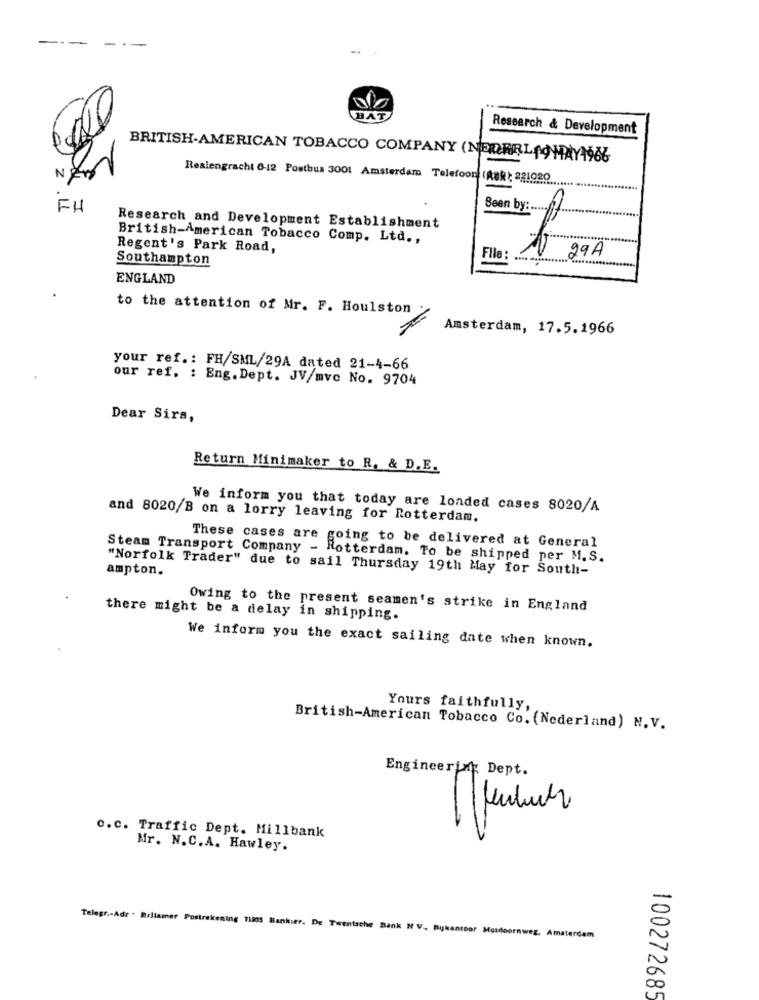
Research & Development
BRITISH-AMERICAN TOBACCO COMPANY (NEDERLAGHAYA986
Realengracht 0-12 Postbus 3001 Amsterdam Telefoon (ReR); 221980
FH
Seen by :...
Research and Development Establishment
British-American Tobacco Comp. Ltd .,
Regent's Park Road,
29A
Southampton
File :
ENGLAND
to the attention of Mr. F. Houlston
Amsterdam, 17.5.1966
your ref .: FH/SML/29A dated 21-4-66
our ref. : Eng. Dept. JV/mvc No. 9704
Dear Sirs,
Return Minimaker to R. & D.E.
We inform you that today are loaded cases 8020/A
and 8020/B on a lorry leaving for Rotterdam.
These cases are going to be delivered at General
Steam Transport Company - Rotterdam. To be shipped per M. S.
ampton.
"Norfolk Trader" due to sail Thursday 19th May for South-
Owing to the present seamen's strike in England
there might be a delay in shipping.
We inform you the exact sailing date when known.
Yours faithfully,
British-American Tobacco Co. (Nederland) N.V.
Engineering Dept.
-
c.c. Traffic Dept. Millbank
Mr. N.C.A. Hawley.
Telegr .- Adr . Brllamar Postrekening 71835 Bankier. De Twentsche Bank NV. Bukantoor Mosdoornweg. Amsterdam
100272685